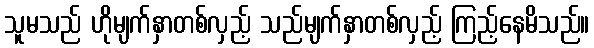
သူမသည် ဟိုမျက်နှာတစ်လှည့် သည်မျက်နှာတစ်လှည့် ကြည့်နေမိသည်။